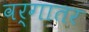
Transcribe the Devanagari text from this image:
वर्गातर